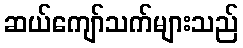
ဆယ်ကျော်သက်များသည်